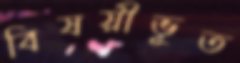
বিষয়ীভূত